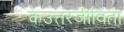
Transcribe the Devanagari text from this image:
केउत्तरजीविता